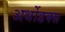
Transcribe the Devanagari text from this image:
अर्थोडक्स